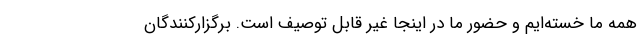
همه ما خسته‌ایم و حضور ما در اینجا غیر قابل توصیف است. برگزارکنندگان